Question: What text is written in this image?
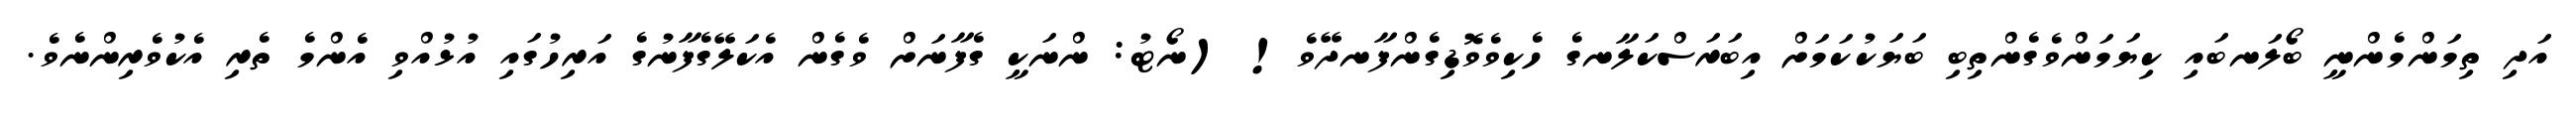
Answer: އަދި ތިމަންމެންނީ ބޯލަނބައި ކިޔަމަންވެގެންތިބި ބަޔަކުކަމަށް އިބަރަސްކަލާނގެ ހެކިވެވޮޑިގެންފާނދޭވެ! (ނޯޓު: ންނަކީ ގެފާނަށް ވެގެން އެކަލޭގެފާނުގެ އަރިހުގައި އުޅުއްވި އެންމެ ތެރި އެކުވެރިންނެވެ.